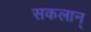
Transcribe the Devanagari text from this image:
सकलान्